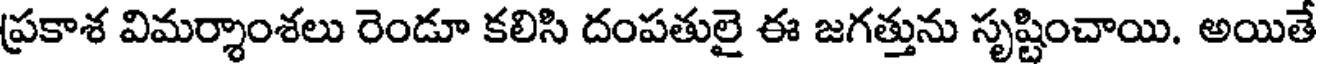
ప్రకాశ విమర్శాంశలు రెండూ కలిసి దంపతులై ఈ జగత్తును సృష్టించాయి. అయితే